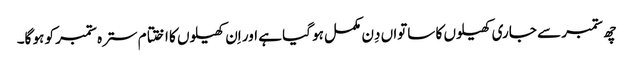
چھ ستمبر سے جاری کھیلوں کا ساتواں دِن مکمل ہو گیا ہے اور اِن کھیلوں کا اختتام سترہ ستمبر کو ہو گا۔